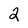
Character: 2